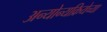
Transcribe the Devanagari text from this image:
अन्योन्यक्रियेच्या